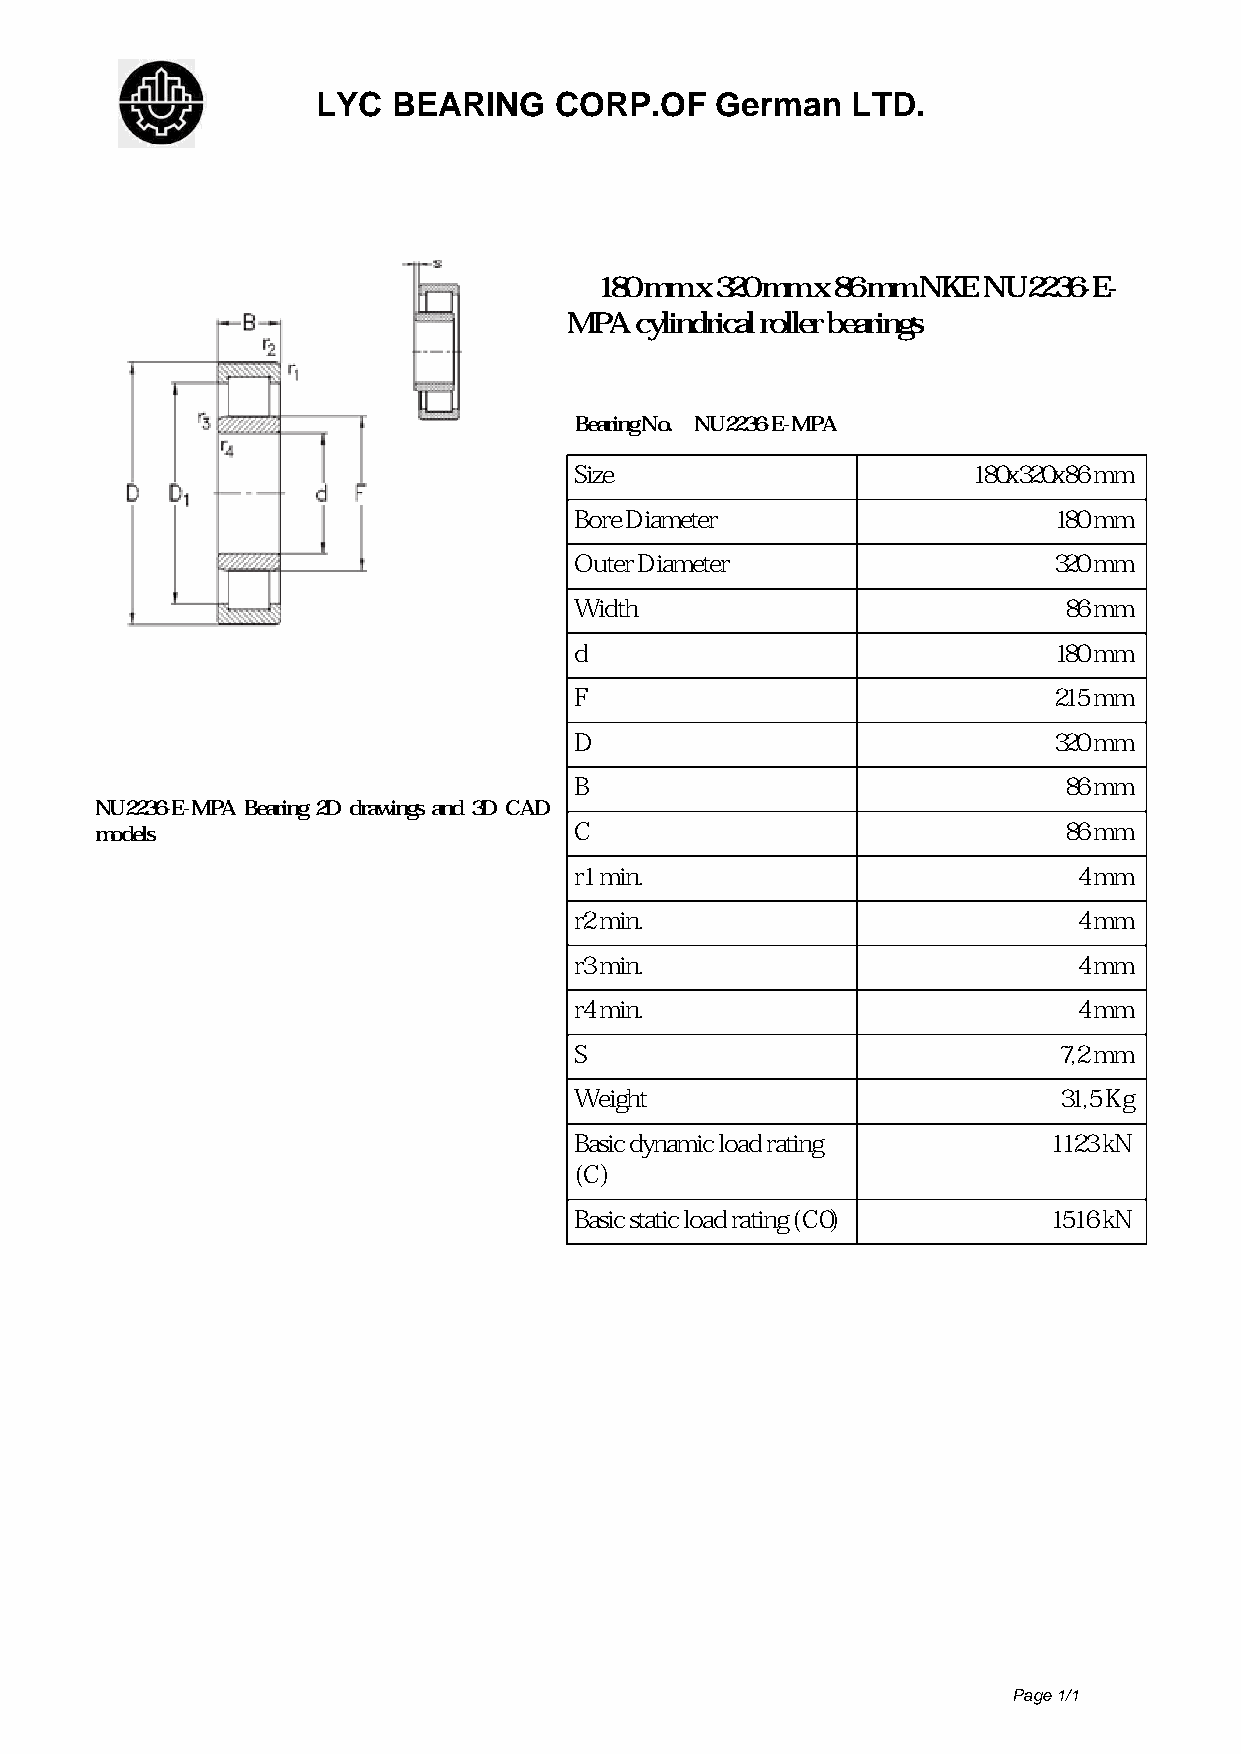
LYC  BEARING    CORP.OF   German   LTD.
 180 mm x 320 mm x 86 mm NKE NU2236-E-
 MPA cylindrical roller bearings
 Bearing No. NU2236-E-MPA
 Size                      180x320x86 mm
 Bore Diameter                   180 mm
 Outer Diameter                  320 mm
 Width                           86 mm
 d                               180 mm
 F                               215 mm
 D                               320 mm
 B                               86 mm
 NU2236-E-MPA Bearing 2D drawings and 3D CAD
 models                          C                               86 mm
 r1 min.                          4 mm
 r2 min.                          4 mm
 r3 min.                          4 mm
 r4 min.                          4 mm
 S                               7,2 mm
 Weight                          31,5 Kg
 Basic dynamic load rating      1123 kN
 (C)
 Basic static load rating (C0)  1516 kN
 Page 1/1
 Powered by TCPDF (www.tcpdf.org)